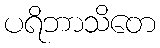
ပရိဘာသိတေ